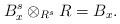
LaTeX: \begin{align*}B^s_x \otimes_{R^s} R = B_x.\end{align*}